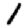
Digit: 1